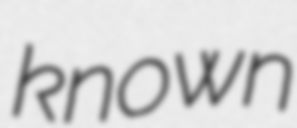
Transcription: known